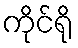
ကိုင်ရို